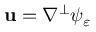
\mathbf { u } = \nabla ^ { \perp } \psi _ { \varepsilon }